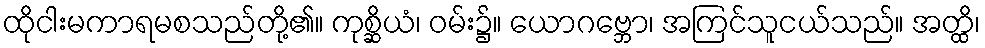
ထိုငါးမကာရမစသည်တို့၏။ ကုစ္ဆိယံ၊ ဝမ်း၌။ ယောဂဗ္ဘော၊ အကြင်သူငယ်သည်။ အတ္ထိ၊